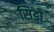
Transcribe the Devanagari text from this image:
सिडो